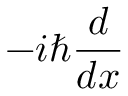
- i \hbar { \frac { d } { d x } }